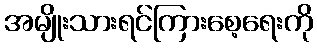
အမျိုးသားရင်ကြားစေ့ရေးကို